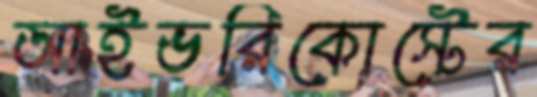
আইভরিকোস্টের